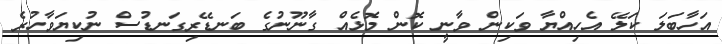
އަހާބަލަ ކަލޭ އެހިއްޔާ ވަކިން ވާނީ ކޮން މޮޅެއް ގާނޫނުގެ ބަނޑޭރިގަނޑުސް ނުކިޔަވާހުރެ